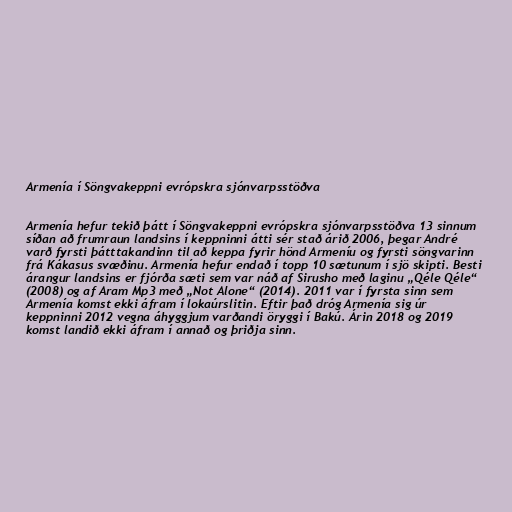
Armenía í Söngvakeppni evrópskra sjónvarpsstöðva

Armenía hefur tekið þátt í Söngvakeppni evrópskra sjónvarpsstöðva 13 sinnum
síðan að frumraun landsins í keppninni átti sér stað árið 2006, þegar André
varð fyrsti þátttakandinn til að keppa fyrir hönd Armeníu og fyrsti söngvarinn
frá Kákasus svæðinu. Armenía hefur endað í topp 10 sætunum í sjö skipti. Besti
árangur landsins er fjórða sæti sem var náð af Sirusho með laginu „Qéle Qéle“
(2008) og af Aram Mp3 með „Not Alone“ (2014). 2011 var í fyrsta sinn sem
Armenía komst ekki áfram í lokaúrslitin. Eftir það dróg Armenía sig úr
keppninni 2012 vegna áhyggjum varðandi öryggi í Bakú. Árin 2018 og 2019
komst landið ekki áfram í annað og þriðja sinn.